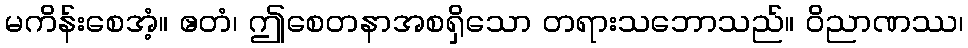
မကိန်းစေအံ့။ ဧတံ၊ ဤစေတနာအစရှိသော တရားသဘောသည်။ ဝိညာဏဿ၊